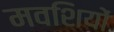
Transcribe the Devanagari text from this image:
मवशियों